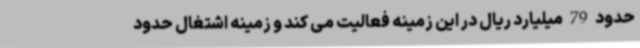
حدود 79 میلیارد ریال در این زمینه فعالیت می کند و زمینه اشتغال حدود